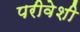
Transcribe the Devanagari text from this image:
परीवेशी